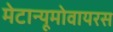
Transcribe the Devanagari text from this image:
मेटान्यूमोवायरस